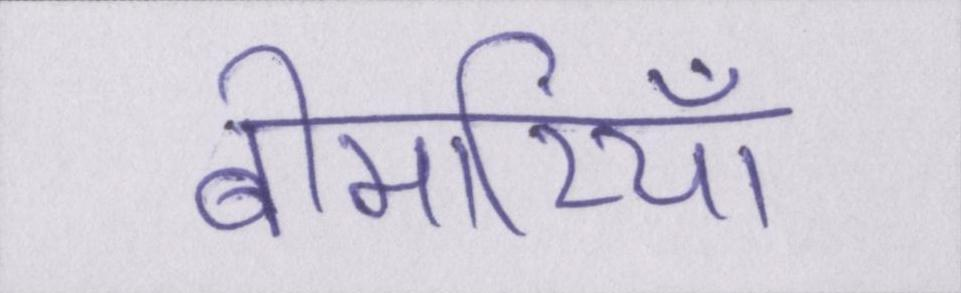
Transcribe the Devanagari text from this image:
बीमारियाँ